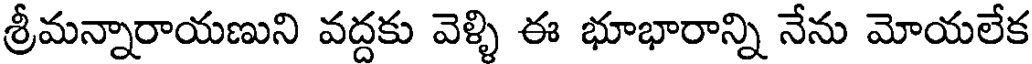
శ్రీమన్నారాయణుని వద్దకు వెళ్ళి ఈ భూభారాన్ని నేను మోయలేక